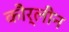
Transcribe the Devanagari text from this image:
कौर्लीन